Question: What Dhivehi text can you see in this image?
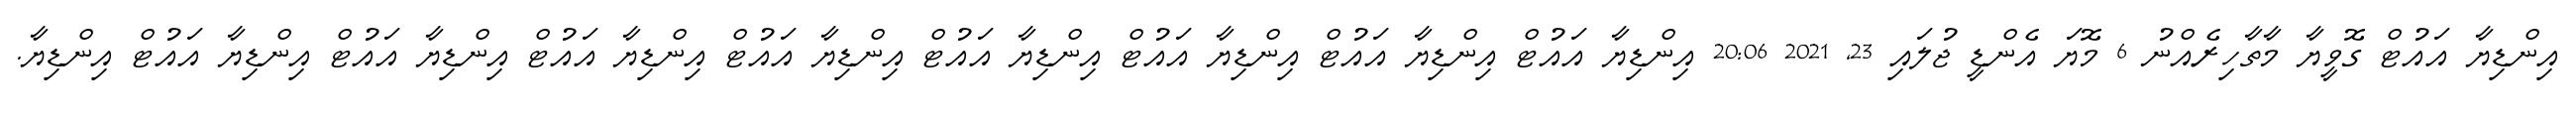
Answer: އިންޑިޔާ އައުޓް ގޮވީޔާ މާތާހިރެއްނު 6 މޮޔަ އެންޑީ ޖުލައި 23, 2021 20:06 އިންޑިޔާ އައުޓް އިންޑިޔާ އައުޓް އިންޑިޔާ އައުޓް އިންޑިޔާ އައުޓް އިންޑިޔާ އައުޓް އިންޑިޔާ އައުޓް އިންޑިޔާ އައުޓް އިންޑިޔާ އައުޓް އިންޑިޔާ.